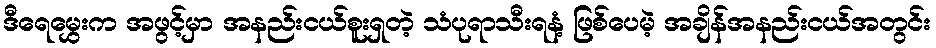
ဒီရေမွှေးက အဖွင့်မှာ အနည်းငယ်စူးရှတဲ့ သံပုရာသီးရနံ့ ဖြစ်ပေမဲ့ အချိန်အနည်းငယ်အတွင်း